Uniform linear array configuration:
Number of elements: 4
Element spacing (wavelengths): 1
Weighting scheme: uniform
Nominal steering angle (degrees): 45
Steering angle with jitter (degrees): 43.332
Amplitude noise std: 0.05
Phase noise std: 0.05

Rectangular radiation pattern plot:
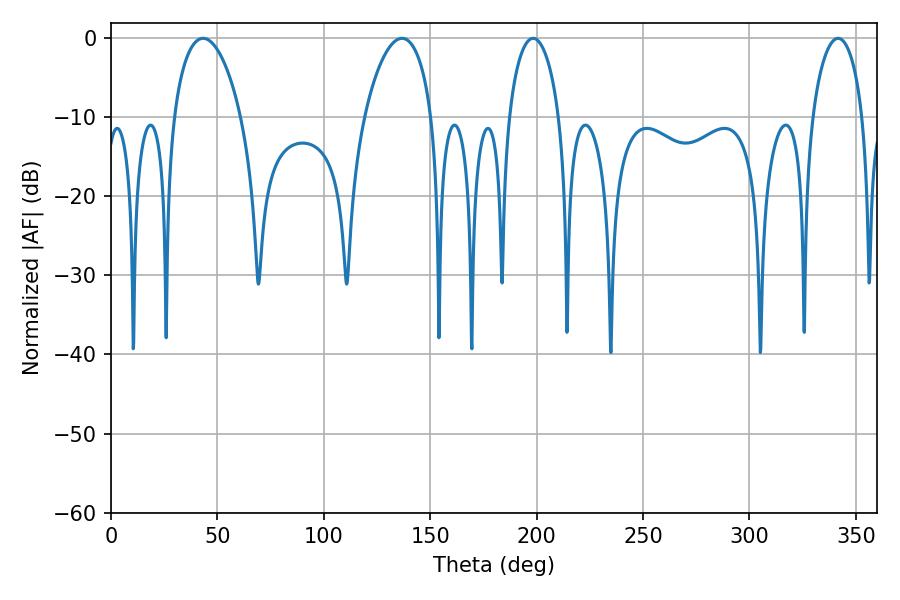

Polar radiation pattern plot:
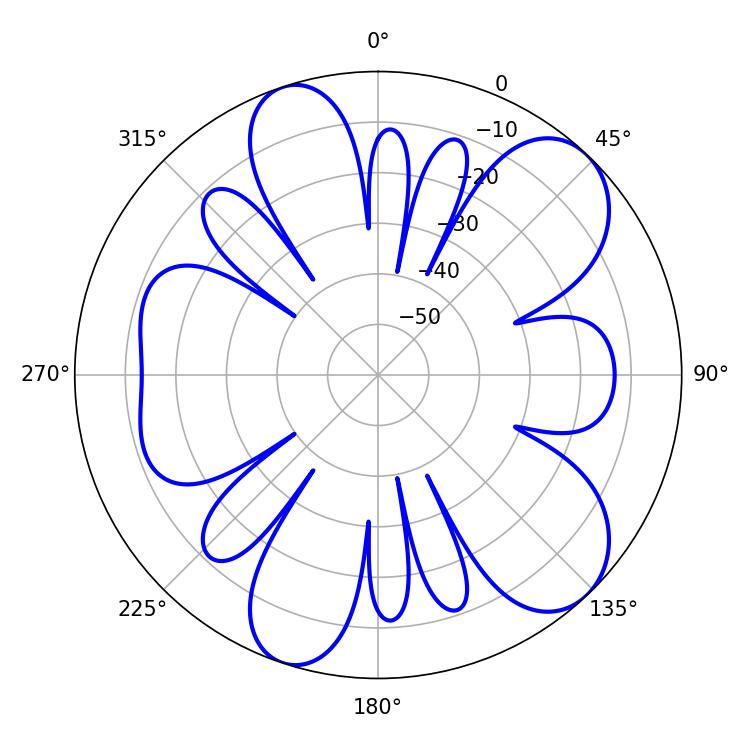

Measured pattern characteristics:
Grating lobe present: TRUE
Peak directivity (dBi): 9.048
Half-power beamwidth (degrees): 13.5
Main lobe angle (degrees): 198.36